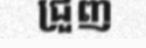
ជ្រួញ